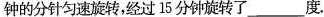
钟的分针匀速旋转，经过15分钟旋转了___度。